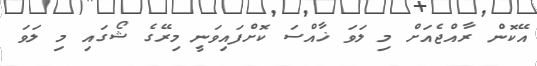
އޭކޮން ރާއްޖެއަށް މި ލަވަ ޚާއްސަ ކޮށްފައިވަނީ މިރޭގެ ޝޯގައި މި ލަވަ